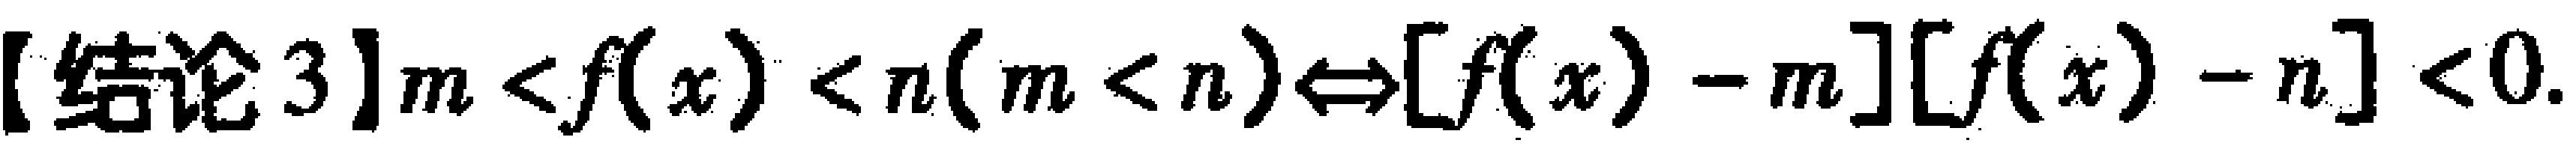
【结论 3】$m < f(x) < n(m < n)\Leftrightarrow[f(x) - m][f(x) - n] < 0$.